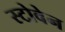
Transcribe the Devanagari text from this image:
स्टोवेन